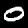
Digit: 0